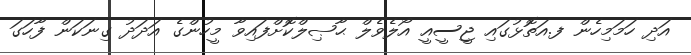
އަދި ހަމަމިހެން ފ.އަތޮޅުގައި ޖީސީއީ އޯލެވެލް ޙާޞިލްކޮށްފައިވާ މީހުންގެ އަދަދު ގިނަކަން ފާހަގަ